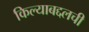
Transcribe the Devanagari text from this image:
किल्याबद्दलची